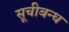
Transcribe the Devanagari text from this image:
सूचीबन्ध